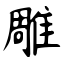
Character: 雕